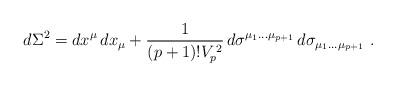
LaTeX: \begin{align*}d \Sigma ^{2} = dx ^{\mu}\, d x _{\mu} + \frac{1}{(p+1)! V _{p} ^{\, 2}}\, d\sigma^{\mu _{1} \dots \mu _{p+1}}\, d\sigma_{\mu _{1} \dots \mu _{p+1}}\ .\end{align*}